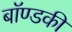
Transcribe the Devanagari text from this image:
बॉण्डकी